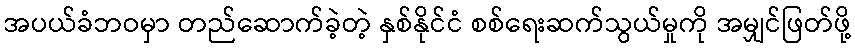
အပယ်ခံဘဝမှာ တည်ဆောက်ခဲ့တဲ့ နှစ်နိုင်ငံ စစ်ရေးဆက်သွယ်မှုကို အမျှင်ဖြတ်ဖို့